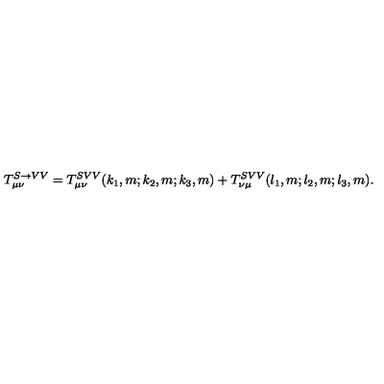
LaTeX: T _ { \mu \nu } ^ { S \rightarrow V V } = T _ { \mu \nu } ^ { S V V } ( k _ { 1 } , m ; k _ { 2 } , m ; k _ { 3 } , m ) + T _ { \nu \mu } ^ { S V V } ( l _ { 1 } , m ; l _ { 2 } , m ; l _ { 3 } , m ) .